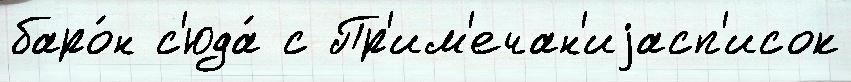
баро́н с'юда́ с Пр'им'ечан'иjасп'исок